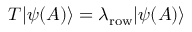
T | \psi ( A ) \rangle = \lambda _ { \mathrm { r o w } } | \psi ( A ) \rangle